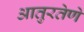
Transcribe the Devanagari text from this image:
आतुरतेणे